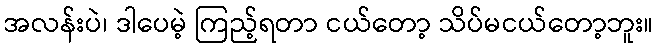
အလန်းပဲ၊ ဒါပေမဲ့ ကြည့်ရတာ ငယ်တော့ သိပ်မငယ်တော့ဘူး။